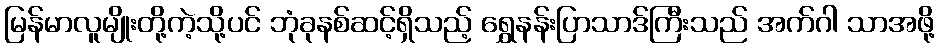
မြန်မာလူမျိုးတို့ကဲ့သို့ပင် ဘုံခုနစ်ဆင့်ရှိသည့် ရွှေနန်းပြာသာဒ်ကြီးသည် အက်ဂါ သာအဖို့